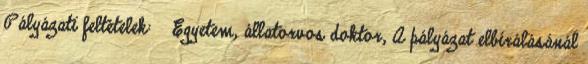
Pályázati feltételek: § Egyetem, állatorvos doktor, A pályázat elbírálásánál